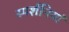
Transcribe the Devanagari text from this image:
स्पर्शनियां